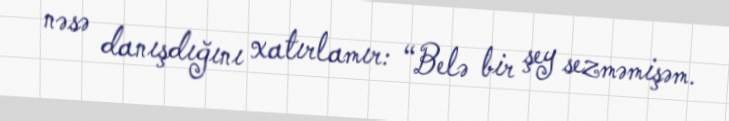
nəsə danışdığını xatırlamır: “Belə bir şey sezməmişəm.